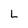
Character: L